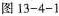
图13-4-1